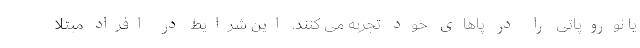
یا نوروپاتی را در پاهای خود تجربه می کنند. این شرایط در افراد مبتلا